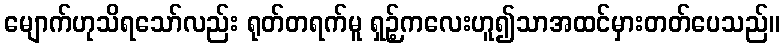
မျောက်ဟုသိရသော်လည်း ရုတ်တရက်မူ ရှဉ့်ကလေးဟူ၍သာအထင်မှားတတ်ပေသည်။